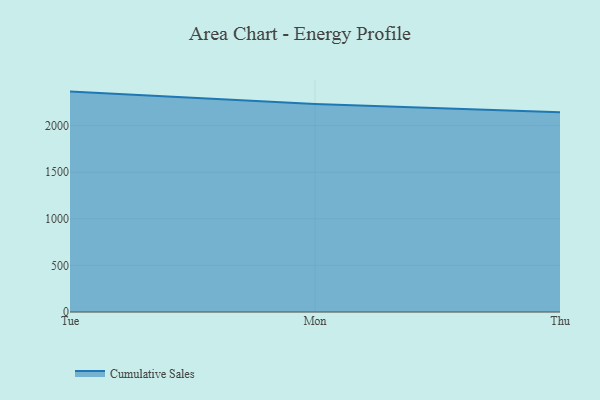
{"axis": {"x": "Day", "y": "Net Income (USD K)"}, "legend": ["Cumulative Sales"], "data": [{"x": "Tue", "y": 2365.4, "type": "Cumulative Sales"}, {"x": "Mon", "y": 2233.6, "type": "Cumulative Sales"}, {"x": "Thu", "y": 2144.7, "type": "Cumulative Sales"}]}